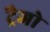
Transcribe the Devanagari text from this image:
ट्रैजो